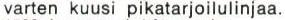
varten kuusi pikatarjoilulinjaa.